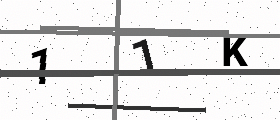
Text: 11K